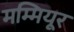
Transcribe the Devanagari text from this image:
मम्मियूर